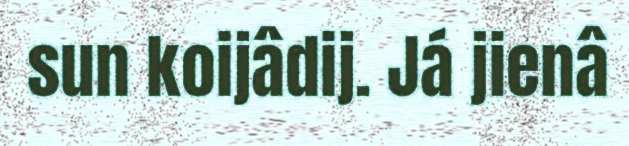
sun koijâdij. Já jienâ